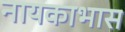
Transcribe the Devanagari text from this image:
नायकाभास